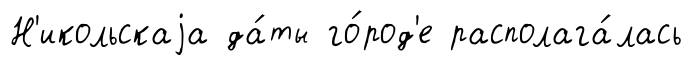
Н'икольскаjа да́ты го́род'е располага́лась